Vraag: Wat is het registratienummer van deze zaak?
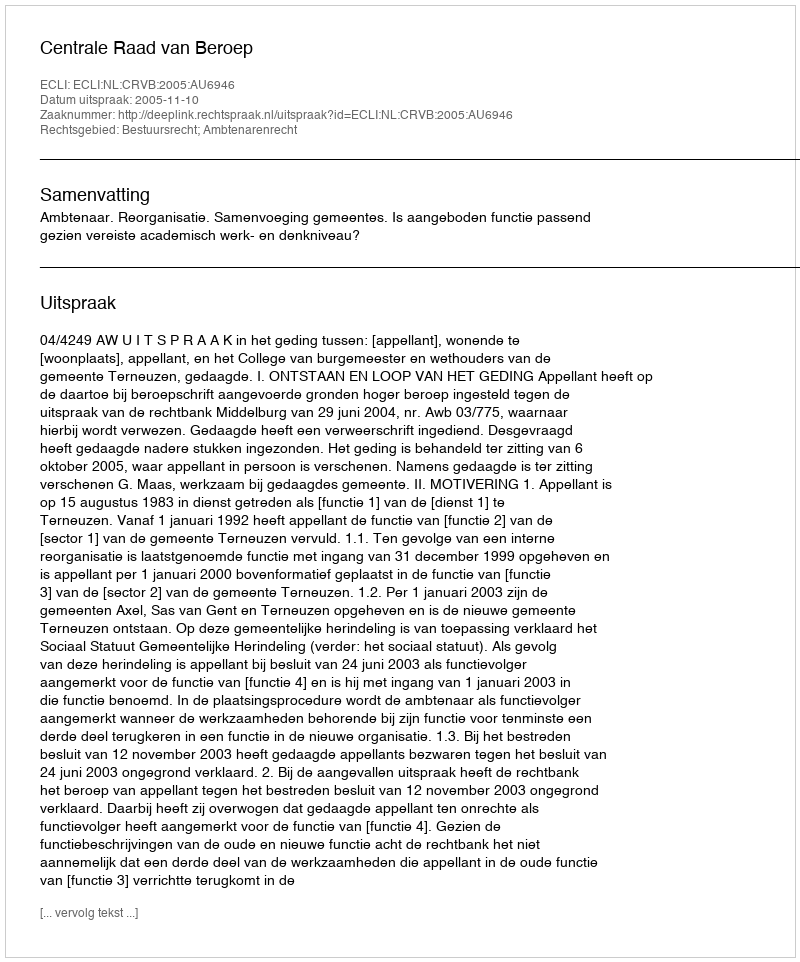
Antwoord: http://deeplink.rechtspraak.nl/uitspraak?id=ECLI:NL:CRVB:2005:AU6946